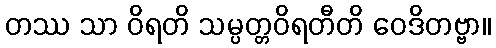
တဿ သာ ဝိရတိ သမ္ပတ္တဝိရတီတိ ဝေဒိတဗ္ဗာ။